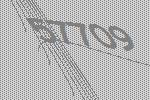
57709